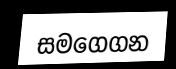
සමගෙගන